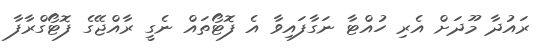
ރައުދާ މޫދަށް އެރި ހުއްޓާ ނަގާފައިވާ އެ ފޮޓޯތައް ނެގީ ރާއްޖޭގެ ފޮޓޯގްރާފާ